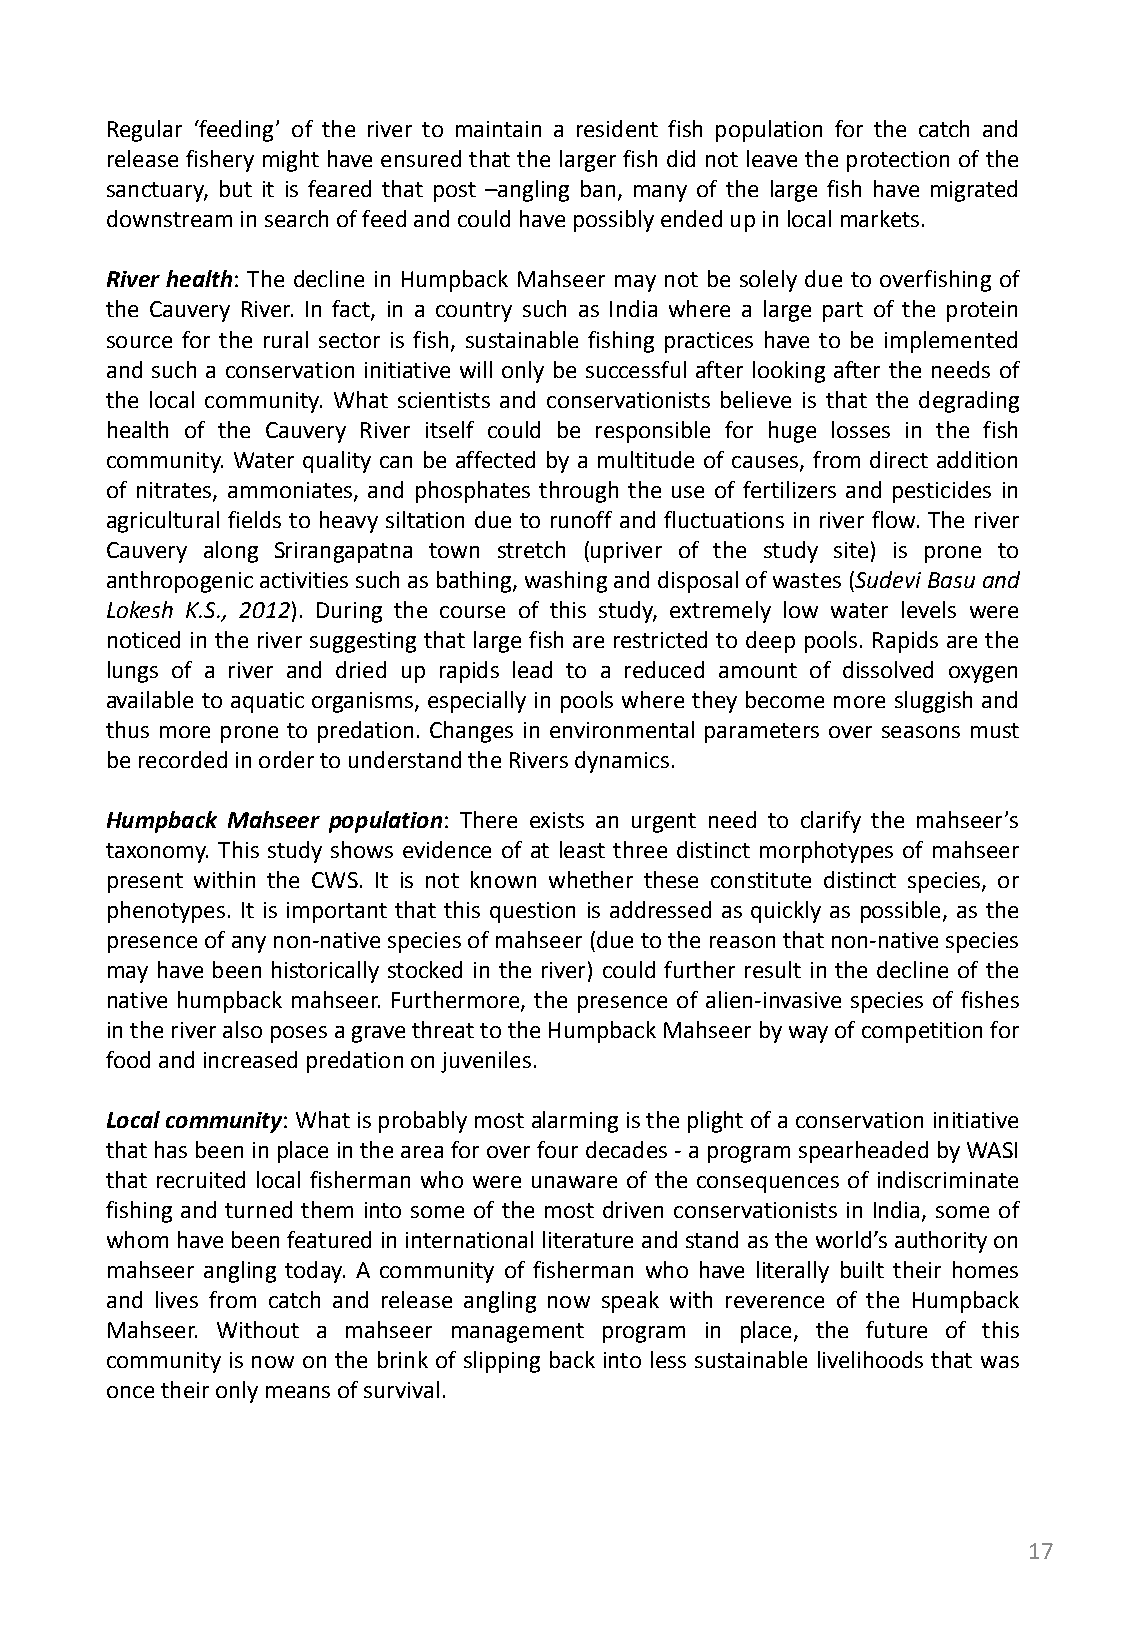
Regular ‘feeding’ of the river to maintain a resident fish population for the catch and
 release fishery might have ensured that the larger fish did not leave the protection of the
 sanctuary, but it is feared that post –angling ban, many of the large fish have migrated
 downstream in search of feed and could have possibly ended up in local markets.
 River health: The decline in Humpback Mahseer may not be solely due to overfishing of
 the Cauvery River. In fact, in a country such as India where a large part of the protein
 source for the rural sector is fish, sustainable fishing practices have to be implemented
 and such a conservation initiative will only be successful after looking after the needs of
 the local community. What scientists and conservationists believe is that the degrading
 health of the Cauvery River itself could be responsible for huge losses in the fish
 community. Water quality can be affected by a multitude of causes, from direct addition
 of nitrates, ammoniates, and phosphates through the use of fertilizers and pesticides in
 agricultural fields to heavy siltation due to runoff and fluctuations in river flow. The river
 Cauvery along Srirangapatna town stretch (upriver of the study site) is prone to
 anthropogenic activities such as bathing, washing and disposal of wastes (Sudevi Basu and
 Lokesh K.S., 2012). During the course of this study, extremely low water levels were
 noticed in the river suggesting that large fish are restricted to deep pools. Rapids are the
 lungs of a river and dried up rapids lead to a reduced amount of dissolved oxygen
 available to aquatic organisms, especially in pools where they become more sluggish and
 thus more prone to predation. Changes in environmental parameters over seasons must
 be recorded in order to understand the Rivers dynamics.
 Humpback Mahseer population: There exists an urgent need to clarify the mahseer’s
 taxonomy. This study shows evidence of at least three distinct morphotypes of mahseer
 present within the CWS. It is not known whether these constitute distinct species, or
 phenotypes. It is important that this question is addressed as quickly as possible, as the
 presence of any non-native species of mahseer (due to the reason that non-native species
 may have been historically stocked in the river) could further result in the decline of the
 native humpback mahseer. Furthermore, the presence of alien-invasive species of fishes
 in the river also poses a grave threat to the Humpback Mahseer by way of competition for
 food and increased predation on juveniles.
 Local community: What is probably most alarming is the plight of a conservation initiative
 that has been in place in the area for over four decades - a program spearheaded by WASI
 that recruited local fisherman who were unaware of the consequences of indiscriminate
 fishing and turned them into some of the most driven conservationists in India, some of
 whom have been featured in international literature and stand as the world’s authority on
 mahseer angling today. A community of fisherman who have literally built their homes
 and lives from catch and release angling now speak with reverence of the Humpback
 Mahseer. Without a mahseer management program in place, the future of this
 community is now on the brink of slipping back into less sustainable livelihoods that was
 once their only means of survival.
 17